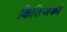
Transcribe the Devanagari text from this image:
क्षितिजको